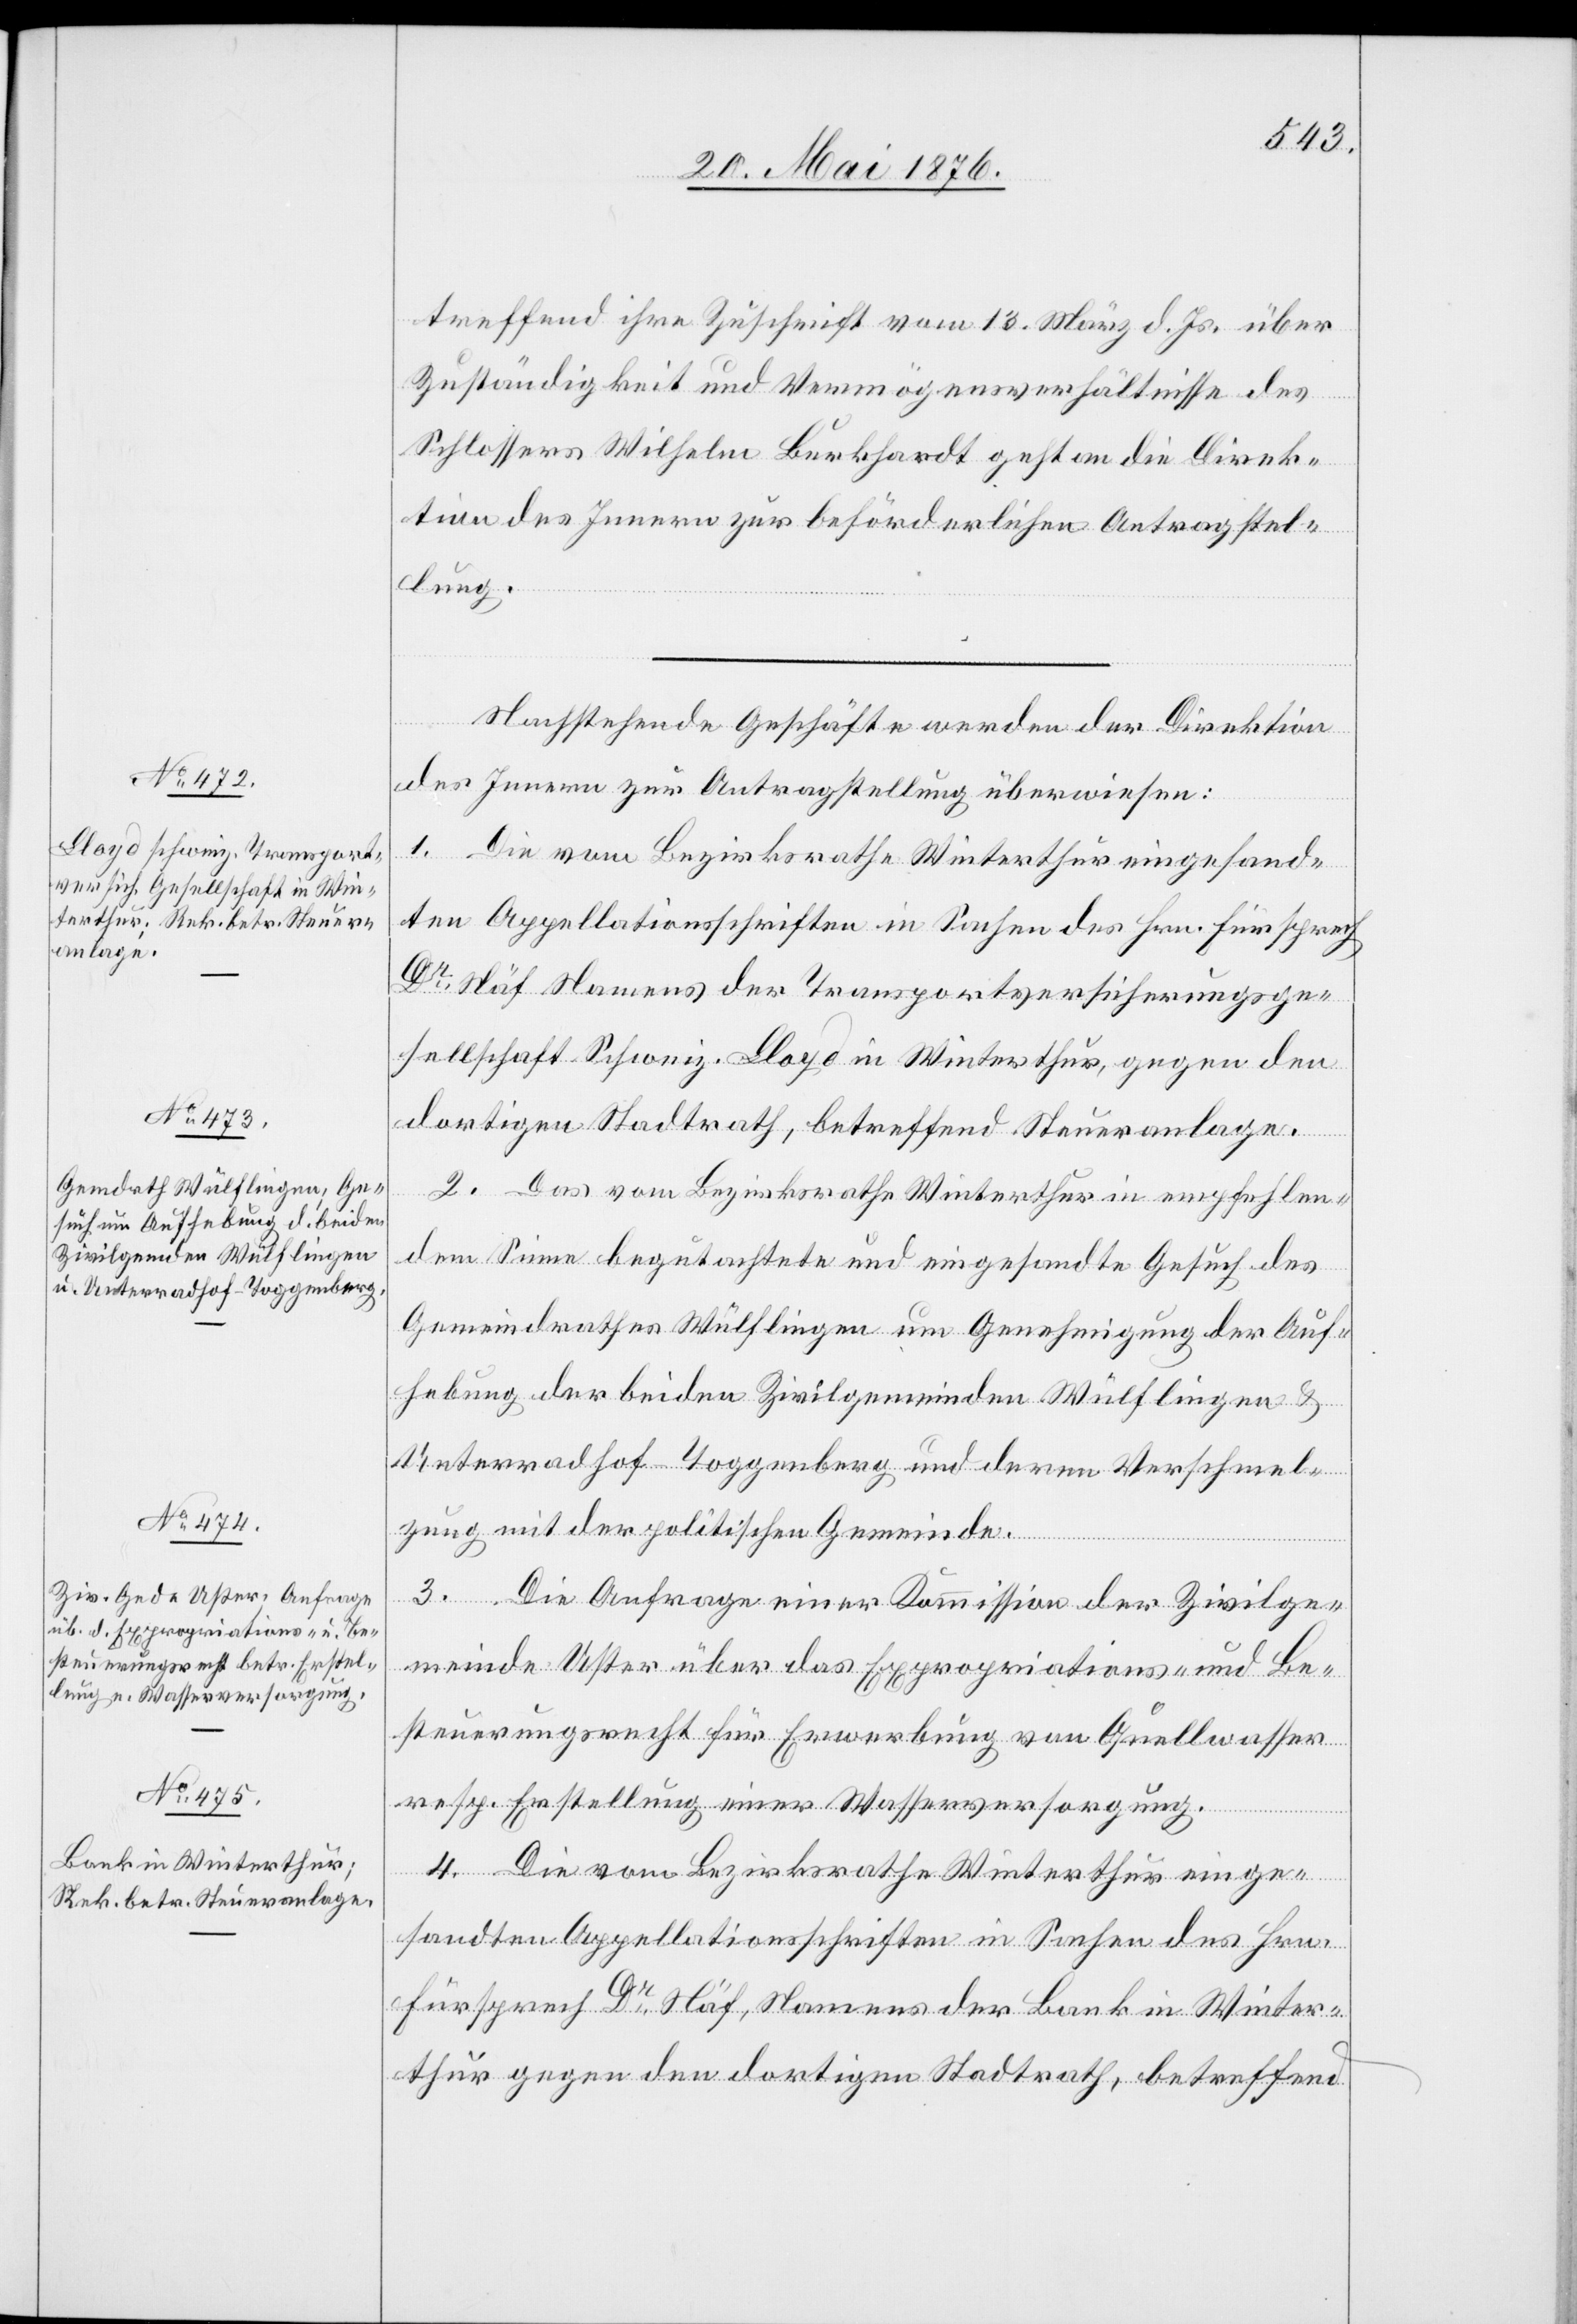
26. Mai 1876.]
treffend ihre Zuschrift vom 13. März d. Js. über
Zuständigkeit und Vermögensverhältnisse des
Schlossers Wilhelm Burkhardt geht an die Direk¬
tion des Innern zur beförderlichen Antragstel¬
lung.
Nachstehende Geschäfte werden der Direktion
des Innern zur Antragstellung überwiesen:
1. Die vom Bezirksrathe Winterthur eingesand¬
ten Appellationsschriften in Sachen des Hrn. Fürsprech
Dr Näf Namens der Transportversicherungsge¬
sellschaft Schweiz. Lloyd in Winterthur, gegen den
dortigen Stadtrath, betreffend Steueranlage.
2. Das vom Bezirksrathe Winterthur in empfehlen¬
dem Sinne begutachtete und eingesandte Gesuch des
Gemeindrathes Wülflingen um Genehmigung der Auf¬
hebung der beiden Zivilgemeinden Wülflingen &
Unterradhof - Toggenburg und deren Verschmel¬
zung mit der politischen Gemeinde.
3. Die Anfrage einer Kommission der Zivilge¬
meinde Uster über das Expropriations- und Be¬
steuerungsrecht für Erwerbung von Quellwasser
resp. Erstellung einer Wasserversorgung.
4. Die vom Bezirksrathe Winterthur einge¬
sandten Appellationsschriften in Sachen des Hrn.
Fürsprech Dr Näf, Namens der Bank in Winter¬
thur gegen den dortigen Stadtrath, betreffend